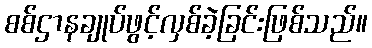
စစ်ဌာနချုပ်ဖွင့်လှစ်ခဲ့ခြင်းဖြစ်သည်။